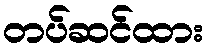
တပ်ဆင်ထား